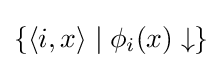
\{\langle i,x\rangle \mid \phi _{i}(x)\downarrow \}